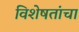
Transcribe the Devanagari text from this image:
विशेषतांचा